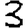
Digit: 3